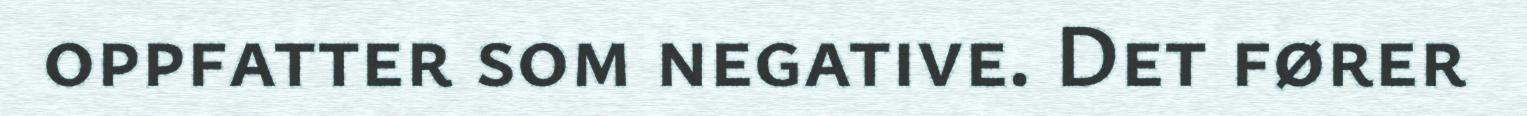
oppfatter som negative. Det fører